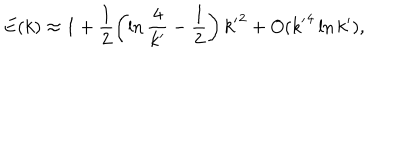
LaTeX: E ( k ) \approx 1 + \frac { 1 } { 2 } \left( \ln \frac { 4 } { { k ^ { \prime } } } - \frac { 1 } { 2 } \right) { k ^ { \prime } } ^ { 2 } + O ( { k ^ { \prime } } ^ { 4 } \ln { k ^ { \prime } } ) ,